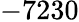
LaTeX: -7230